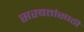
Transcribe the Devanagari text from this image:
सरबतांसाठी